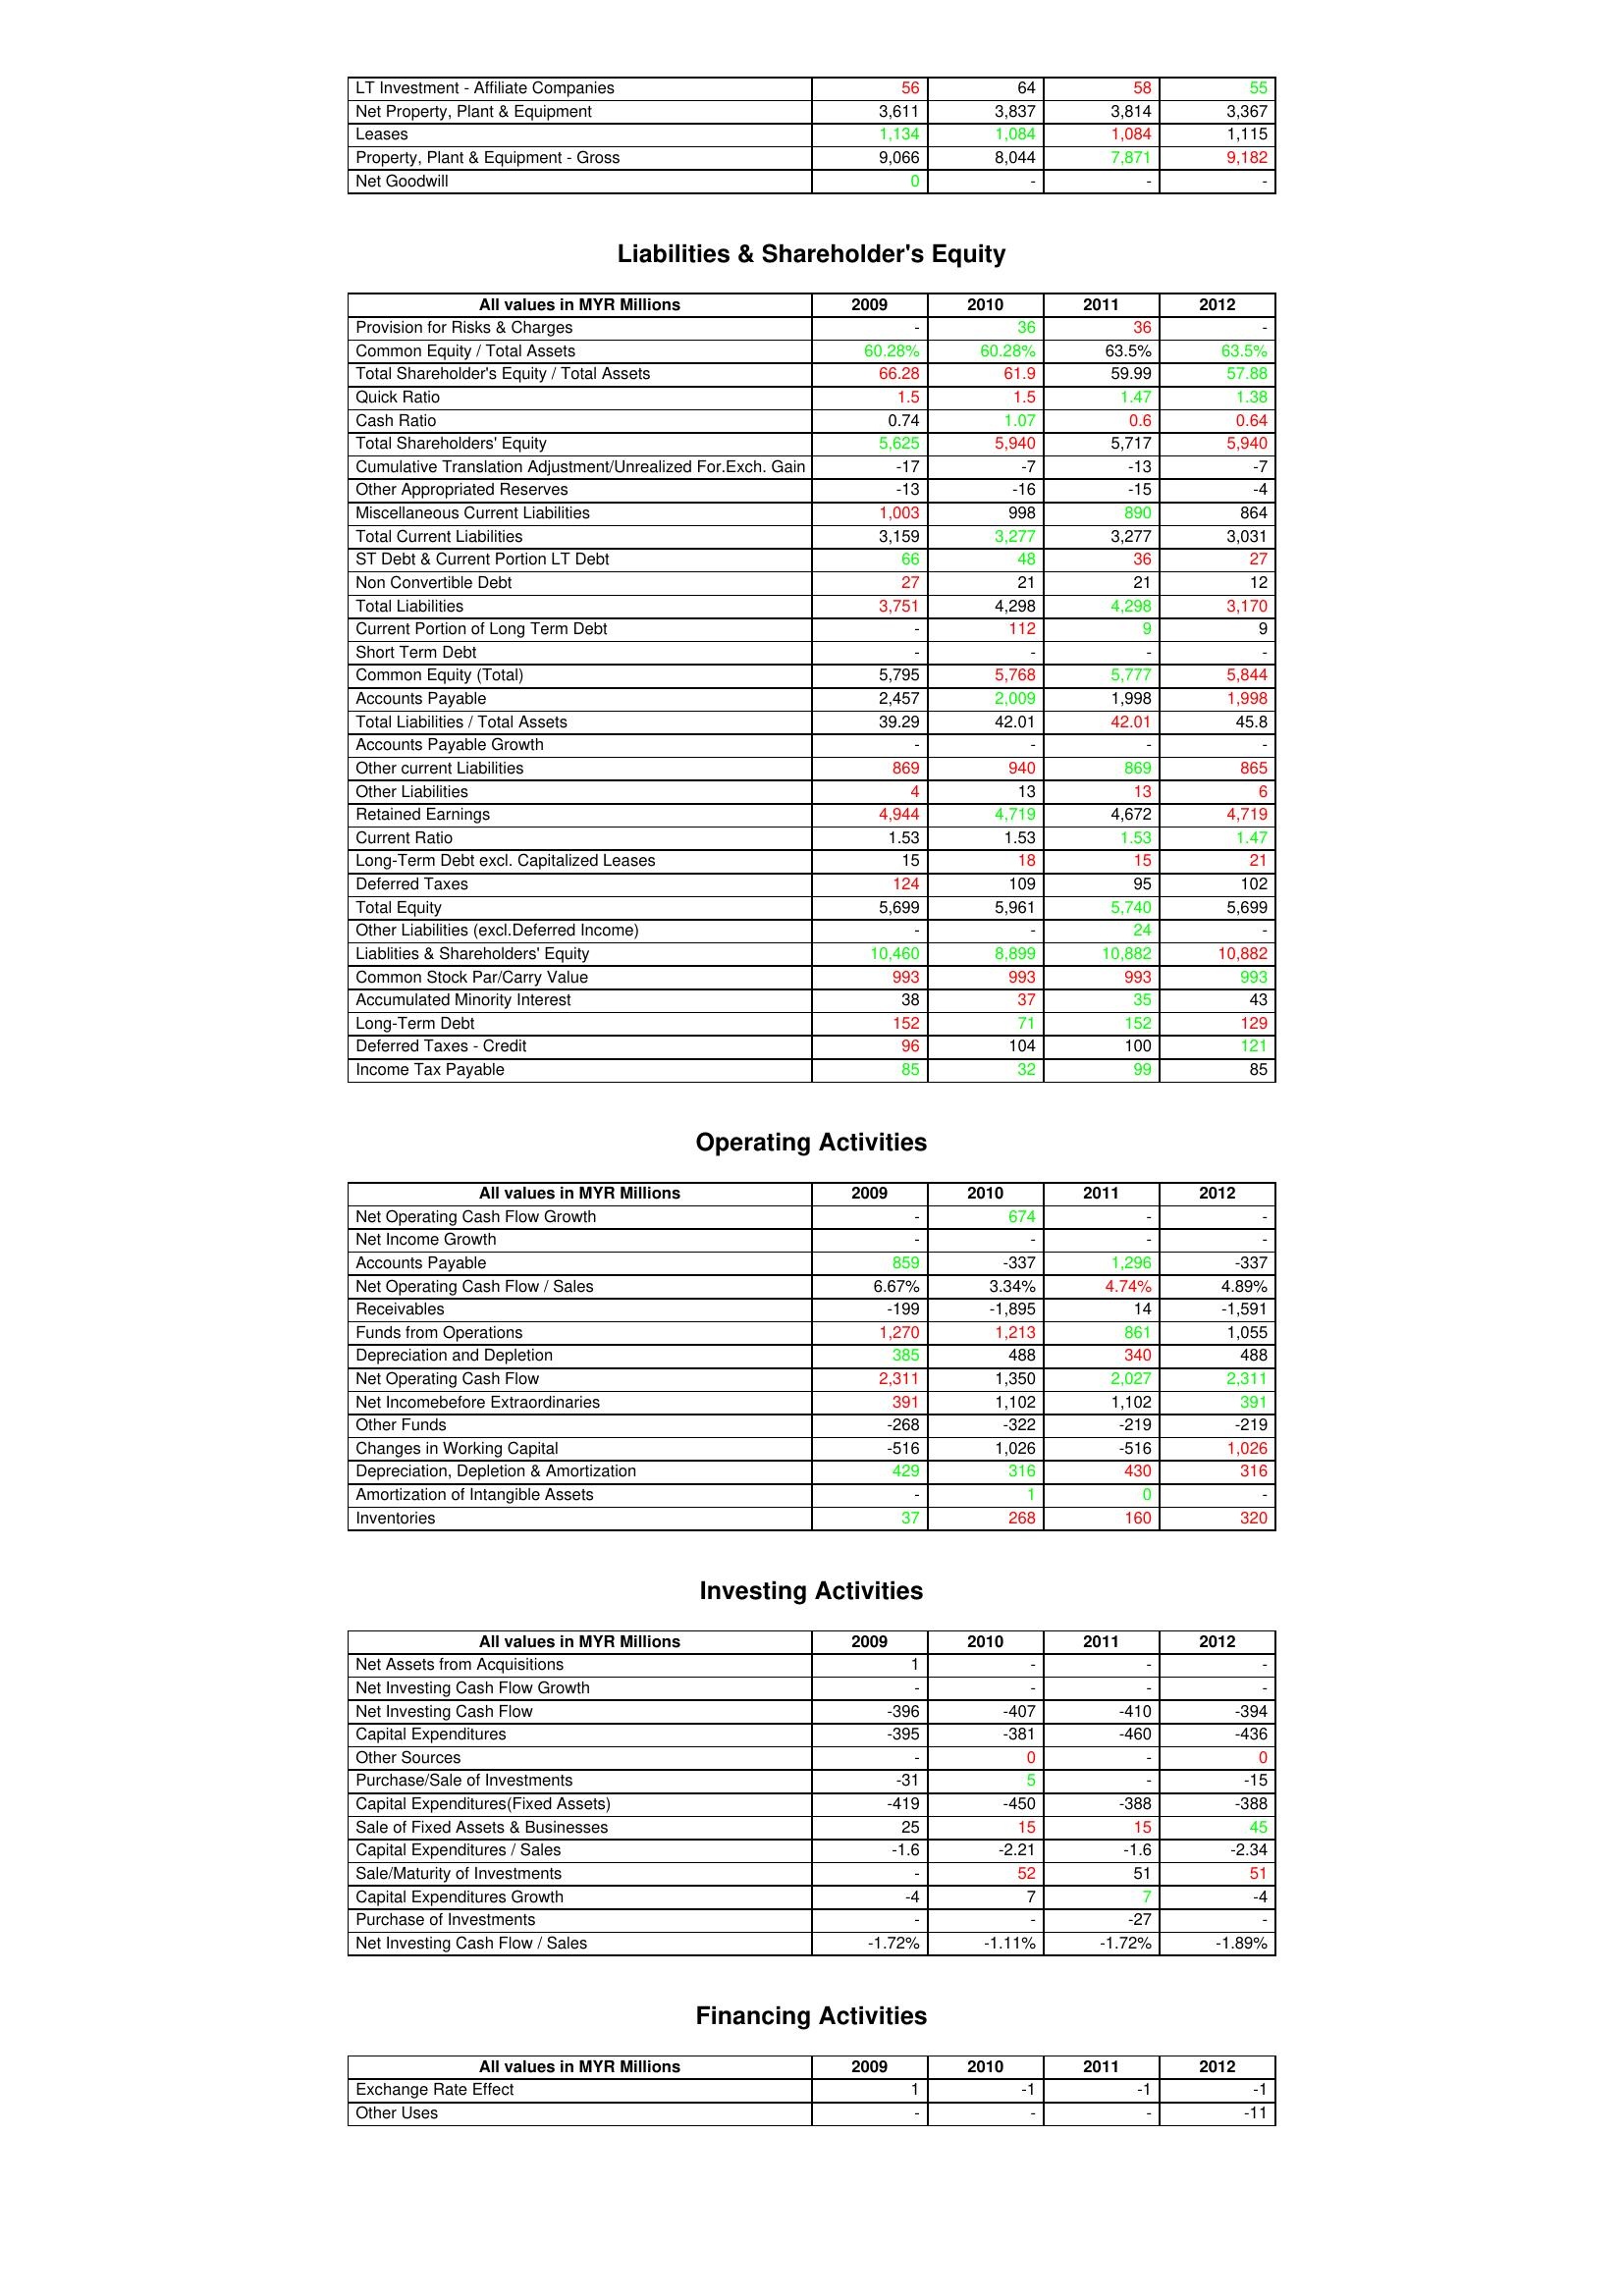
gt_parse: 2009: Assets: LT Investment - Affiliate Companies: 56
Net Property, Plant & Equipment: 3,611
Leases: 1,134
Property, Plant & Equipment - Gross : 9,066
Net Goodwill: 0
Liabilities & Shareholder's Equity: Provision for Risks & Charges: -
Common Equity / Total Assets: 60.28%
Total Shareholder's Equity / Total Assets: 66.28
Quick Ratio: 1.5
Cash Ratio: 0.74
Total Shareholders' Equity: 5,625
Cumulative Translation Adjustment/Unrealized For.Exch. Gain: -17
Other Appropriated Reserves: -13
Miscellaneous Current Liabilities: 1,003
Total Current Liabilities: 3,159
ST Debt & Current Portion LT Debt: 66
Non Convertible Debt: 27
Total Liabilities: 3,751
Current Portion of Long Term Debt: -
Short Term Debt: -
Common Equity (Total): 5,795
Accounts Payable: 2,457
Total Liabilities / Total Assets: 39.29
Accounts Payable Growth: -
Other current Liabilities: 869
Other Liabilities: 4
Retained Earnings: 4,944
Current Ratio: 1.53
Long-Term Debt excl. Capitalized Leases: 15
Deferred Taxes: 124
Total Equity: 5,699
Other Liabilities (excl.Deferred Income): -
Liablities & Shareholders' Equity: 10,460
Common Stock Par/Carry Value: 993
Accumulated Minority Interest: 38
Long-Term Debt: 152
Deferred Taxes - Credit: 96
Income Tax Payable: 85
Operating Activities: Net Operating Cash Flow Growth: -
Net Income Growth: -
Accounts Payable: 859
Net Operating Cash Flow / Sales: 6.67%
Receivables: -199
Funds from Operations: 1,270
Depreciation and Depletion: 385
Net Operating Cash Flow: 2,311
Net Incomebefore Extraordinaries: 391
Other Funds: -268
Changes in Working Capital: -516
Depreciation, Depletion & Amortization: 429
Amortization of Intangible Assets: -
Inventories: 37
Investing Activities: Net Assets from Acquisitions: 1
Net Investing Cash Flow Growth: -
Net Investing Cash Flow: -396
Capital Expenditures: -395
Other Sources: -
Purchase/Sale of Investments: -31
Capital Expenditures(Fixed Assets): -419
Sale of Fixed Assets & Businesses: 25
Capital Expenditures / Sales: -1.6
Sale/Maturity of Investments: -
Capital Expenditures Growth: -4
Purchase of Investments: -
Net Investing Cash Flow / Sales: -1.72%
Financing Activities: Exchange Rate Effect: 1
Other Uses: -
2010: Assets: LT Investment - Affiliate Companies: 64
Net Property, Plant & Equipment: 3,837
Leases: 1,084
Property, Plant & Equipment - Gross : 8,044
Net Goodwill: -
Liabilities & Shareholder's Equity: Provision for Risks & Charges: 36
Common Equity / Total Assets: 60.28%
Total Shareholder's Equity / Total Assets: 61.9
Quick Ratio: 1.5
Cash Ratio: 1.07
Total Shareholders' Equity: 5,940
Cumulative Translation Adjustment/Unrealized For.Exch. Gain: -7
Other Appropriated Reserves: -16
Miscellaneous Current Liabilities: 998
Total Current Liabilities: 3,277
ST Debt & Current Portion LT Debt: 48
Non Convertible Debt: 21
Total Liabilities: 4,298
Current Portion of Long Term Debt: 112
Short Term Debt: -
Common Equity (Total): 5,768
Accounts Payable: 2,009
Total Liabilities / Total Assets: 42.01
Accounts Payable Growth: -
Other current Liabilities: 940
Other Liabilities: 13
Retained Earnings: 4,719
Current Ratio: 1.53
Long-Term Debt excl. Capitalized Leases: 18
Deferred Taxes: 109
Total Equity: 5,961
Other Liabilities (excl.Deferred Income): -
Liablities & Shareholders' Equity: 8,899
Common Stock Par/Carry Value: 993
Accumulated Minority Interest: 37
Long-Term Debt: 71
Deferred Taxes - Credit: 104
Income Tax Payable: 32
Operating Activities: Net Operating Cash Flow Growth: 674
Net Income Growth: -
Accounts Payable: -337
Net Operating Cash Flow / Sales: 3.34%
Receivables: -1,895
Funds from Operations: 1,213
Depreciation and Depletion: 488
Net Operating Cash Flow: 1,350
Net Incomebefore Extraordinaries: 1,102
Other Funds: -322
Changes in Working Capital: 1,026
Depreciation, Depletion & Amortization: 316
Amortization of Intangible Assets: 1
Inventories: 268
Investing Activities: Net Assets from Acquisitions: -
Net Investing Cash Flow Growth: -
Net Investing Cash Flow: -407
Capital Expenditures: -381
Other Sources: 0
Purchase/Sale of Investments: 5
Capital Expenditures(Fixed Assets): -450
Sale of Fixed Assets & Businesses: 15
Capital Expenditures / Sales: -2.21
Sale/Maturity of Investments: 52
Capital Expenditures Growth: 7
Purchase of Investments: -
Net Investing Cash Flow / Sales: -1.11%
Financing Activities: Exchange Rate Effect: -1
Other Uses: -
2011: Assets: LT Investment - Affiliate Companies: 58
Net Property, Plant & Equipment: 3,814
Leases: 1,084
Property, Plant & Equipment - Gross : 7,871
Net Goodwill: -
Liabilities & Shareholder's Equity: Provision for Risks & Charges: 36
Common Equity / Total Assets: 63.5%
Total Shareholder's Equity / Total Assets: 59.99
Quick Ratio: 1.47
Cash Ratio: 0.6
Total Shareholders' Equity: 5,717
Cumulative Translation Adjustment/Unrealized For.Exch. Gain: -13
Other Appropriated Reserves: -15
Miscellaneous Current Liabilities: 890
Total Current Liabilities: 3,277
ST Debt & Current Portion LT Debt: 36
Non Convertible Debt: 21
Total Liabilities: 4,298
Current Portion of Long Term Debt: 9
Short Term Debt: -
Common Equity (Total): 5,777
Accounts Payable: 1,998
Total Liabilities / Total Assets: 42.01
Accounts Payable Growth: -
Other current Liabilities: 869
Other Liabilities: 13
Retained Earnings: 4,672
Current Ratio: 1.53
Long-Term Debt excl. Capitalized Leases: 15
Deferred Taxes: 95
Total Equity: 5,740
Other Liabilities (excl.Deferred Income): 24
Liablities & Shareholders' Equity: 10,882
Common Stock Par/Carry Value: 993
Accumulated Minority Interest: 35
Long-Term Debt: 152
Deferred Taxes - Credit: 100
Income Tax Payable: 99
Operating Activities: Net Operating Cash Flow Growth: -
Net Income Growth: -
Accounts Payable: 1,296
Net Operating Cash Flow / Sales: 4.74%
Receivables: 14
Funds from Operations: 861
Depreciation and Depletion: 340
Net Operating Cash Flow: 2,027
Net Incomebefore Extraordinaries: 1,102
Other Funds: -219
Changes in Working Capital: -516
Depreciation, Depletion & Amortization: 430
Amortization of Intangible Assets: 0
Inventories: 160
Investing Activities: Net Assets from Acquisitions: -
Net Investing Cash Flow Growth: -
Net Investing Cash Flow: -410
Capital Expenditures: -460
Other Sources: -
Purchase/Sale of Investments: -
Capital Expenditures(Fixed Assets): -388
Sale of Fixed Assets & Businesses: 15
Capital Expenditures / Sales: -1.6
Sale/Maturity of Investments: 51
Capital Expenditures Growth: 7
Purchase of Investments: -27
Net Investing Cash Flow / Sales: -1.72%
Financing Activities: Exchange Rate Effect: -1
Other Uses: -
2012: Assets: LT Investment - Affiliate Companies: 55
Net Property, Plant & Equipment: 3,367
Leases: 1,115
Property, Plant & Equipment - Gross : 9,182
Net Goodwill: -
Liabilities & Shareholder's Equity: Provision for Risks & Charges: -
Common Equity / Total Assets: 63.5%
Total Shareholder's Equity / Total Assets: 57.88
Quick Ratio: 1.38
Cash Ratio: 0.64
Total Shareholders' Equity: 5,940
Cumulative Translation Adjustment/Unrealized For.Exch. Gain: -7
Other Appropriated Reserves: -4
Miscellaneous Current Liabilities: 864
Total Current Liabilities: 3,031
ST Debt & Current Portion LT Debt: 27
Non Convertible Debt: 12
Total Liabilities: 3,170
Current Portion of Long Term Debt: 9
Short Term Debt: -
Common Equity (Total): 5,844
Accounts Payable: 1,998
Total Liabilities / Total Assets: 45.8
Accounts Payable Growth: -
Other current Liabilities: 865
Other Liabilities: 6
Retained Earnings: 4,719
Current Ratio: 1.47
Long-Term Debt excl. Capitalized Leases: 21
Deferred Taxes: 102
Total Equity: 5,699
Other Liabilities (excl.Deferred Income): -
Liablities & Shareholders' Equity: 10,882
Common Stock Par/Carry Value: 993
Accumulated Minority Interest: 43
Long-Term Debt: 129
Deferred Taxes - Credit: 121
Income Tax Payable: 85
Operating Activities: Net Operating Cash Flow Growth: -
Net Income Growth: -
Accounts Payable: -337
Net Operating Cash Flow / Sales: 4.89%
Receivables: -1,591
Funds from Operations: 1,055
Depreciation and Depletion: 488
Net Operating Cash Flow: 2,311
Net Incomebefore Extraordinaries: 391
Other Funds: -219
Changes in Working Capital: 1,026
Depreciation, Depletion & Amortization: 316
Amortization of Intangible Assets: -
Inventories: 320
Investing Activities: Net Assets from Acquisitions: -
Net Investing Cash Flow Growth: -
Net Investing Cash Flow: -394
Capital Expenditures: -436
Other Sources: 0
Purchase/Sale of Investments: -15
Capital Expenditures(Fixed Assets): -388
Sale of Fixed Assets & Businesses: 45
Capital Expenditures / Sales: -2.34
Sale/Maturity of Investments: 51
Capital Expenditures Growth: -4
Purchase of Investments: -
Net Investing Cash Flow / Sales: -1.89%
Financing Activities: Exchange Rate Effect: -1
Other Uses: -11